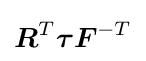
{\boldsymbol {R}}^{T}{\boldsymbol {\tau }}{\boldsymbol {F}}^{-T}